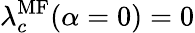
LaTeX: \lambda_{c}^{\mathrm{MF}}(\alpha=0)=0